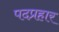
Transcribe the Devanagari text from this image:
पदप्रहार